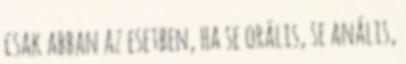
csak abban az esetben, ha se orális, se anális,